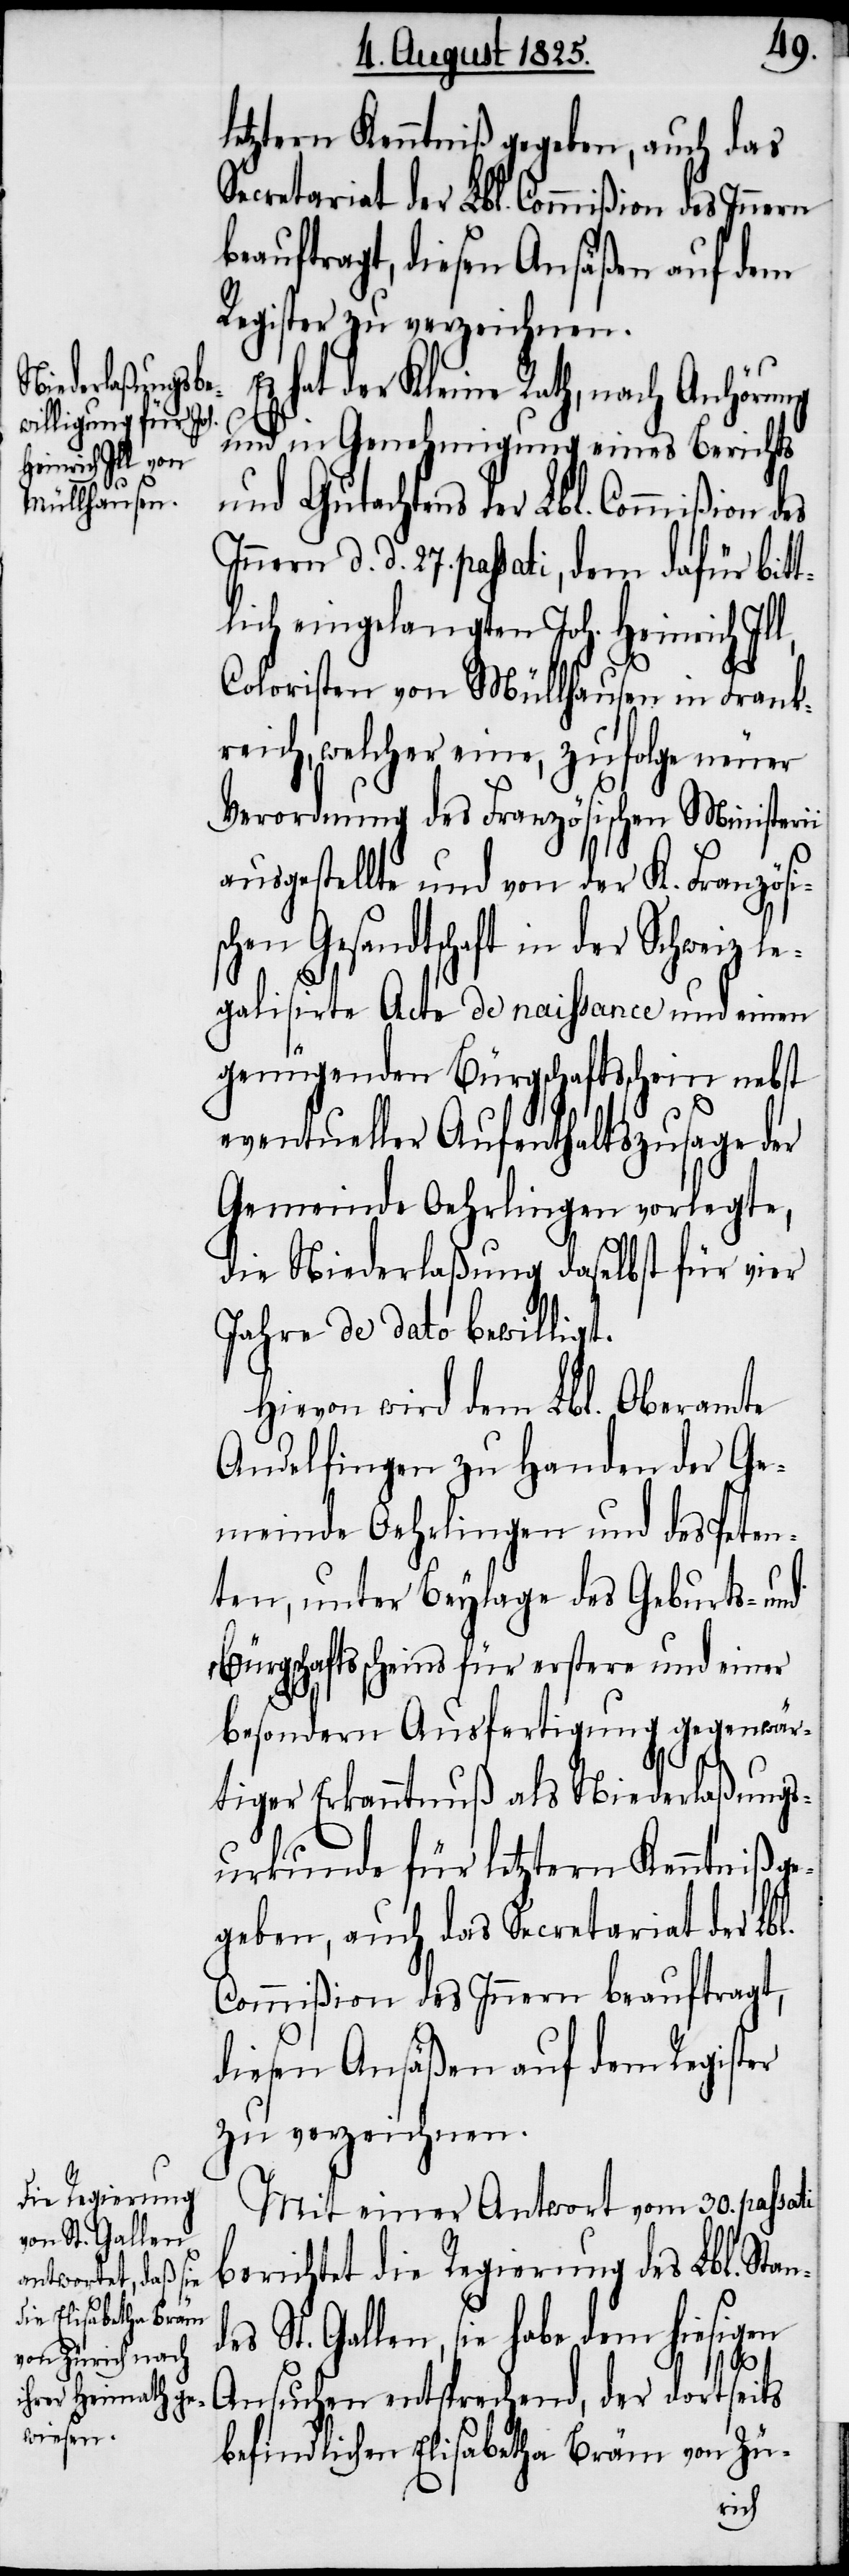
der

letztern Kenntniß gegeben, auch das
Secretariat der Lbl. Commißion des Innern
beauftragt, diesen Ansäßen auf dem
Register zu verzeichnen.
hat der Kleine Rath, nach Anhörung
und in Genehmigung eines Berichts
und Gutachtens der Lbl. Commißion d.
d. 27. passati, dem dafür bit¬
lich eingelangten Joh. Heinrich Il¬
Coloristen von Müllhausen in Frank¬
reich, welcher eine, zufolge neuer
Verordnung des Französischen Gesandt¬
legalisirte Acte de naissance und einen
genügenden Bürgschaftsschein nebst
eventueller Aufenthaltszusage der
Gemeinde Oehrlingen vorlegte,
die Niederlaßung daselbst für vier
Jahre de dato bewilligt.
Hievon wird dem Lbl. Oberamte
Andelfingen zu Handen der Ge¬
meinde Oehrlingen und des Peten¬
ten, unter Beylage des Geburts- und
Bürgschaftsscheins für erstere und einer
besondern Ausfertigung gegenwär¬
l,
tiger Erkanntnuß als Niederlaßungs¬
urkunde für letztern Kenntniß ge¬
geben, auch das Secretariat der Lbl.
Commißion des Innern beauftragt,
diesen Ansäßen auf dem Register
zu verzeichnen.
Mit einer Antwort vom 30. passati
berichtet die Regierung des Lbl. Stan¬
des St. Gallen, sie habe dem hiesigen
schaft
Ansuchen entsprechend, der dortseits
befindlichen Elisabetha Bräm von Zü-